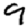
Digit: 9